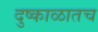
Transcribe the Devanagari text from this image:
दुष्काळातच